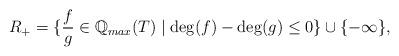
LaTeX: \begin{align*}R_+=\{\frac{f}{g} \in \mathbb{Q}_{max}(T) \mid \deg (f) - \deg(g) \leq 0\}\cup \{-\infty\},\end{align*}